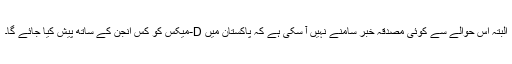
البتہ اس حوالے سے کوئی مصدقہ خبر سامنے نہیں آ سکی ہے کہ پاکستان میں D-میکس کو کس انجن کے ساتھ پیش کیا جائے گا۔